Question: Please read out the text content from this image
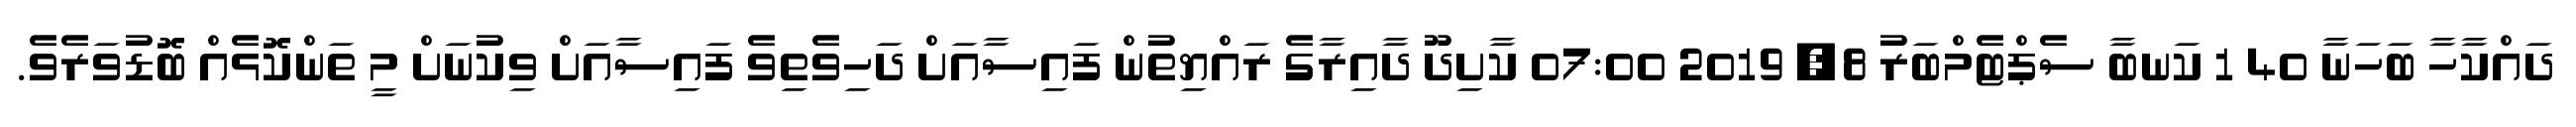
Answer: ދައްކާހާ ބަހަނާ 40 1 ކަނބާ ސެޕްޓެމްބަރު 8, 2019 07:00 ކާށިދޫ ދާއިރާގެ ރައްޔިތުން ފައިސާއަށް ދަހިވެތިވެ ފައިސާއަށް ވިކުނަށް މީ ތަންކޮޅެއް ބޮޑުވަރެވެ.